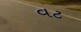
વટ